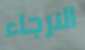
الارجاء